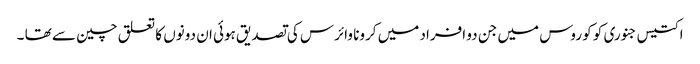
اکتیس جنوری کو کو روس میں جن دو افراد میں کرونا وائرس کی تصدیق ہوئی ان دونوں کا تعلق چین سے تھا ۔